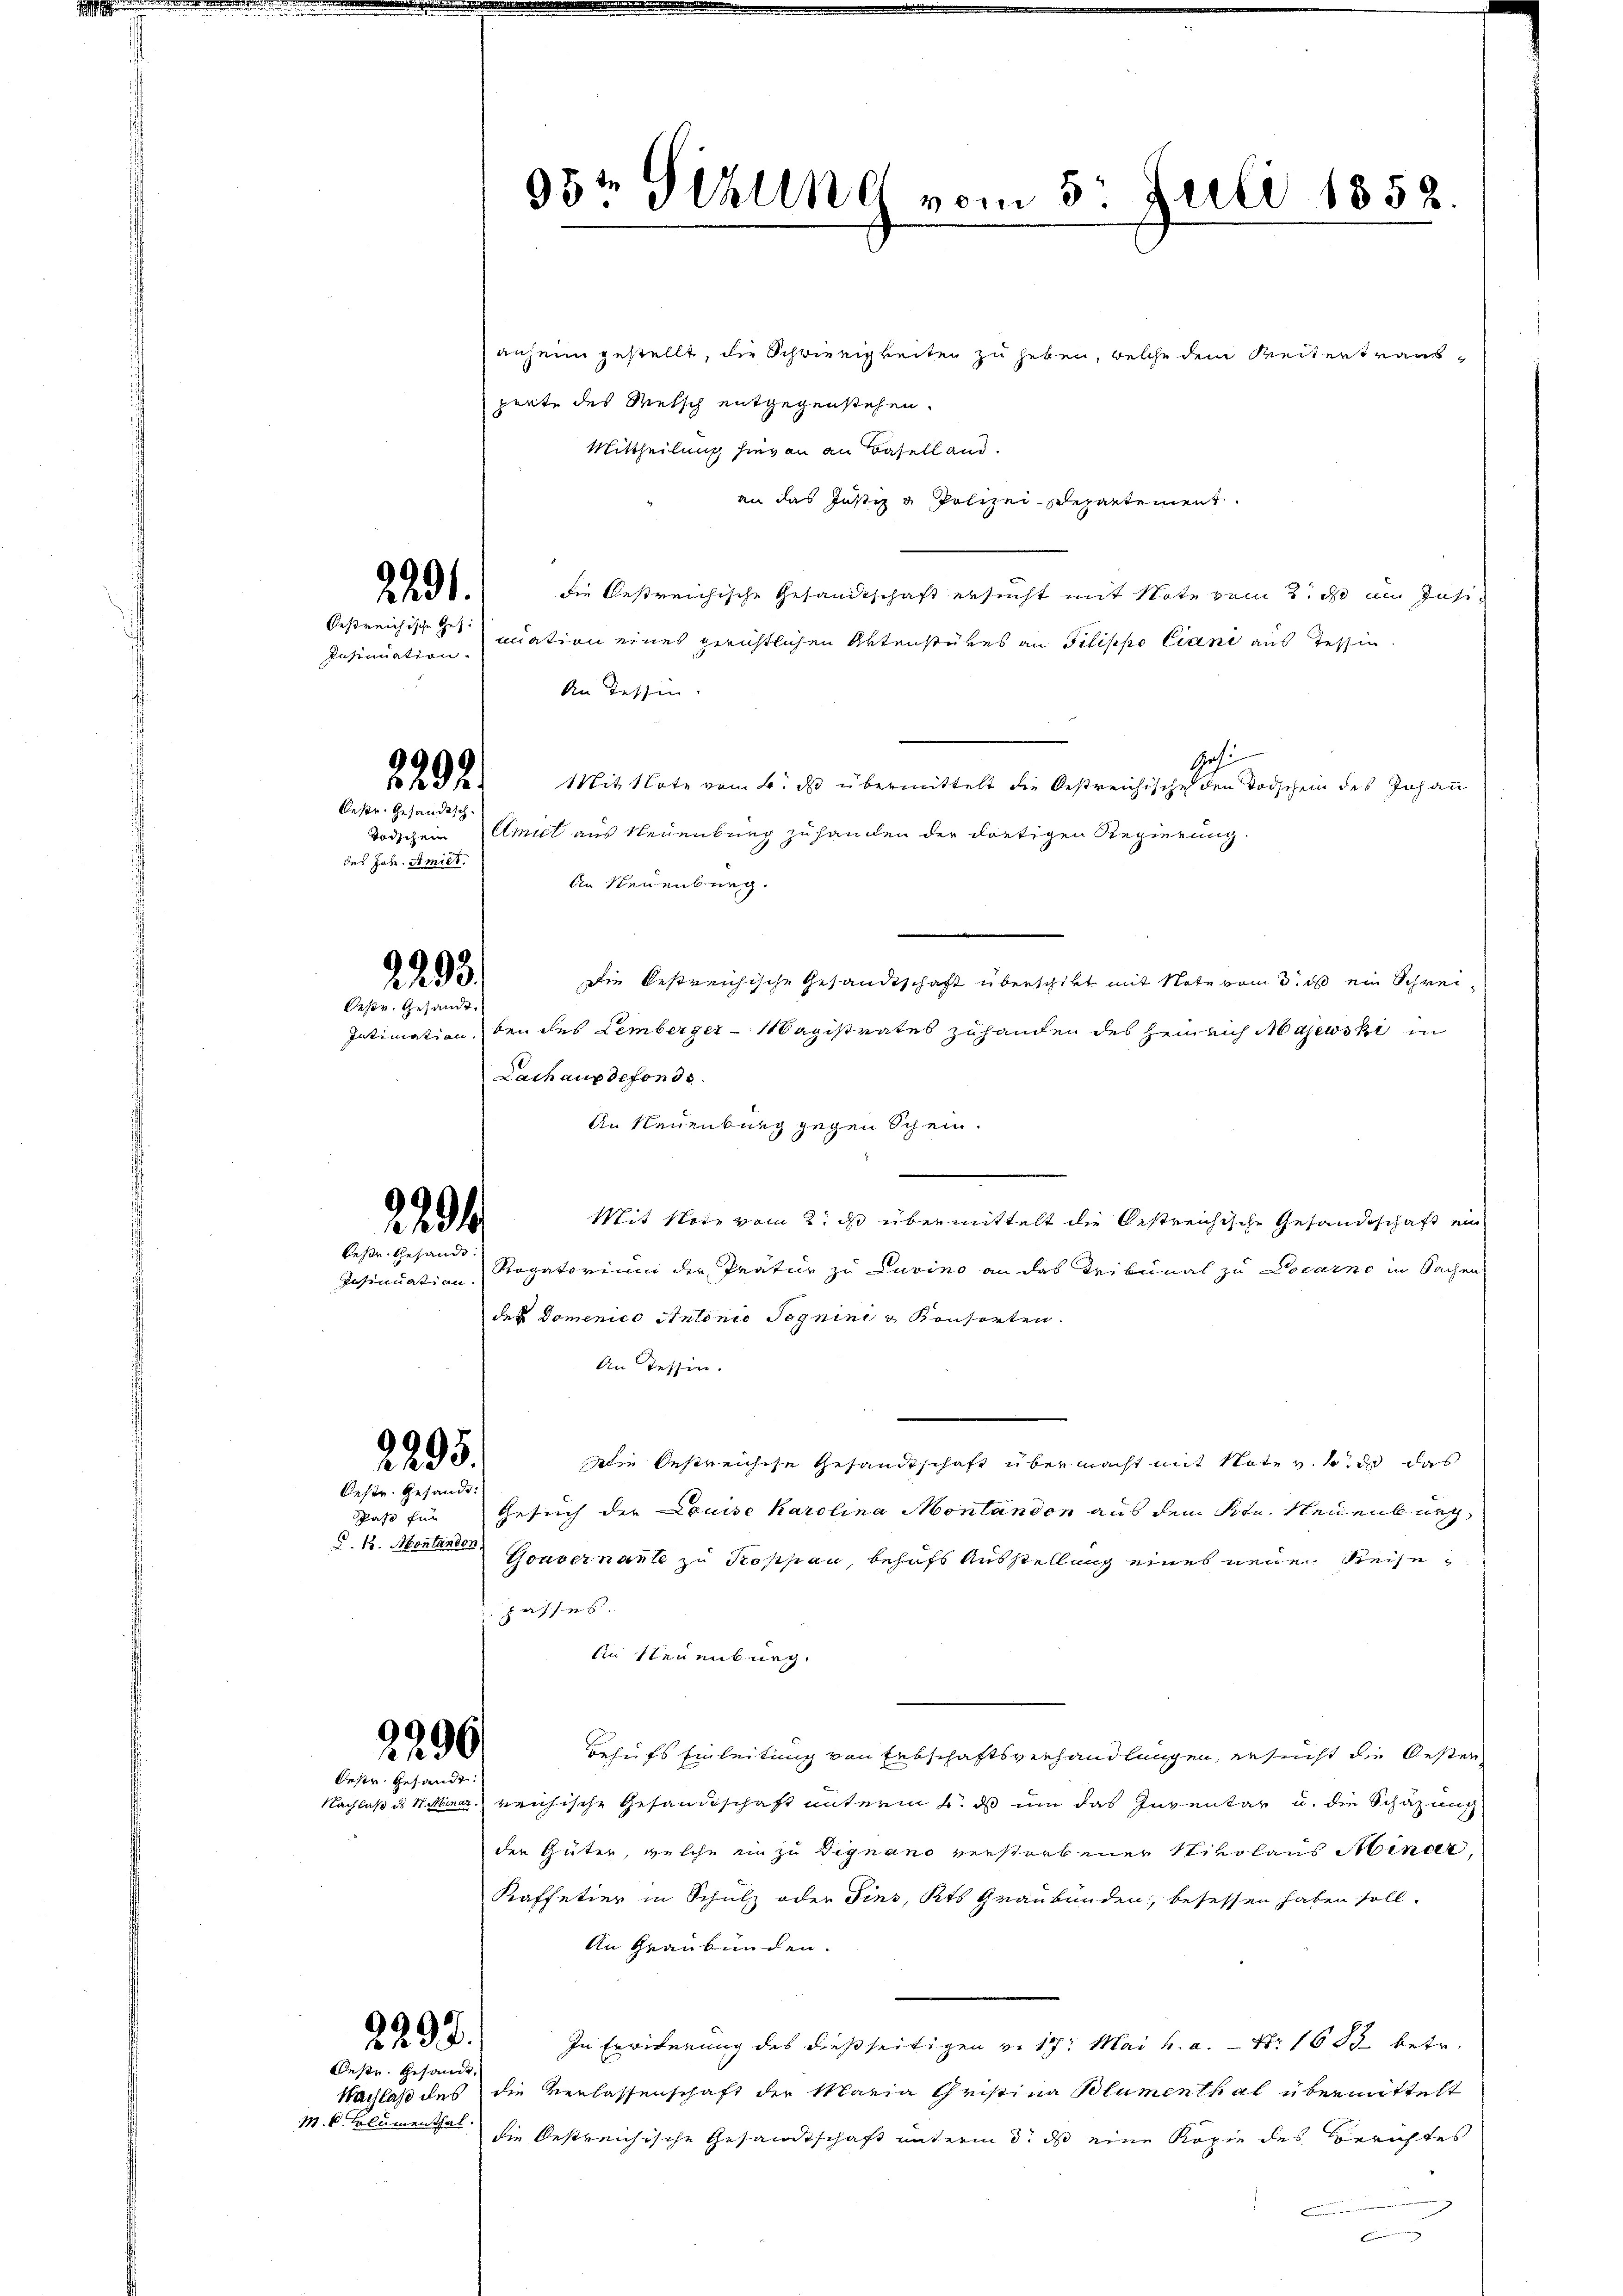
221.

Insinuation.
2292.
beste Gesandtsch
des Joh. Amiet.

2293.
Oestr. Gesandt.

2294
besse Gesandt.

2295.

Oestr. Gesandt:
§. 1. Montandon

2296.
Oestr. Gesandt.

anheim gestellt, die Schwierigkeiten zu heben, welche dem Weitertrausperte des Metsch entgegenstehen.
Mittheilung hievon an Baselland.
an das Justiz & Polizei-Departement.
die bestreichische Gesandtschaft ersucht mit Note vom 2. ds im Jasi-
bestreichische nation eines gerichtlichen Aktenstükes an Pilippo Ciani aus Tessin.
An Tessin.
Gehi
Mit Note vom 4. ds übermittelt die bestreichisches den Todschein des Johann
Todschein mit aus Neuenburg zu handen der dortigen Regierung
An Neuenburg.
Die bestreichische Gesandtschaft überschikt mit Note vom 3. ds ein Schrei¬
Intimation, bei des Lemberger-Magistrates zuhanden des Heinrich Majewski in
Lachaux defonds.
An Neuenburg gegen Schein.
Mit Note vom 2. ds übermittelt die Oestreichische Gesandtschaft ein
Insinuation Rogatorium der Prätur zu Luvino an das Tribunal zu Locarno in Sachen
der Domenico Antonio Jognini & Konsorten.
An Tessin.
.
Wie bestreichise Gesandtschaft übermacht mit Note v. 4. ds das
Daß für Gesuch der Louise Karolina Montandon aus dem Ktn. Neuenburg,
Gouvernant zu Kossau, behufs Ausstellung eines neue Reisepasses.
An Neuenburg,
Behufs Einleitung von Erbschaftsverhandlungen, ersucht die Oester
Nachlaß ds V. Miner reichische Gesandtschaft unterm 6. ds um das Inventar u. die Schazung
der Güter, welche ein zu Dignano verstorbener Nikolaus Mindet,
Kaffetier in Schulz oder Fins, Kts Graubünden, besessen haben soll.
An Graubünden.
In Erwiderung des dießseitigen v. 17. Mai h. a. — Nr 1683 betr.
Nachlaß des die Verlassenschaft der Maria Christina Blumenthal übermittelt
die bestreichische Gesandtschaft unterm 3. ds eine Kopie des Berichtes
Emmen

229.
Oestr. Gesandt.

M. C. Kolumenthal

95te Sirline vom 5. Juli 1858.